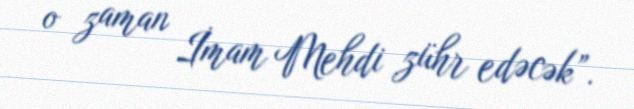
o zaman İmam Mehdi zühr edəcək”.